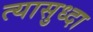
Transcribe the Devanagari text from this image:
त्यासुध्दा